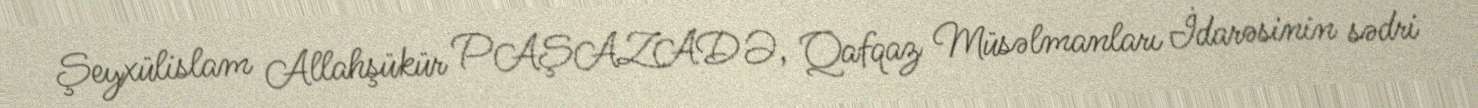
Şeyxülislam Allahşükür PAŞAZADƏ, Qafqaz Müsəlmanları İdarəsinin sədri